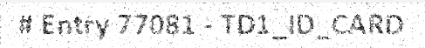
# Entry 77081 - TD1_ID_CARD